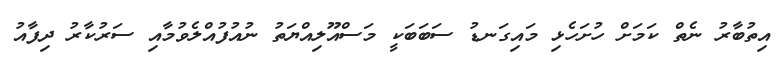
އިތުބާރު ނެތް ކަމަށް ހުށަހެޅި މައިގަނޑު ސަބަބަކީ މަސްއޫލިއްޔަތު ނުއުފުއްލެވުމާއި ސަރުކާރު ދިފާއު